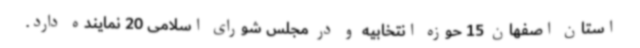
استان اصفهان 15 حوزه انتخابیه و در مجلس شورای اسلامی 20 نماینده دارد.